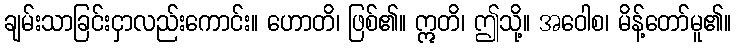
ချမ်းသာခြင်းငှာလည်းကောင်း။ ဟောတိ၊ ဖြစ်၏။ ဣတိ၊ ဤသို့။ အဝေါစ၊ မိန့်တော်မူ၏။